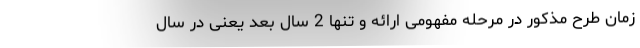
زمان طرح مذکور در مرحله مفهومی ارائه و تنها 2 سال بعد یعنی در سال